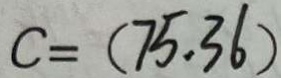
c = ( 7 5 . 3 6 )